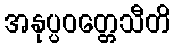
အနုပ္ပဝတ္တေသီတိ